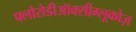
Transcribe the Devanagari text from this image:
फ्लोरोडीऑक्सीग्लूकोज़